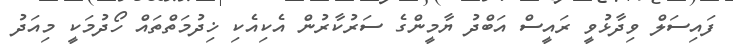
ފައިސަލް ވިދާޅުވީ ރައީސް އަބްދު ޔާމީންގެ ސަރުކާރުން އެކިއެކި ޚިދުމަތްތައް ހޯދުމަކީ މިއަދު